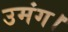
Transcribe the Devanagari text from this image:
उमंग।